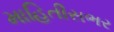
માહિતીસભર